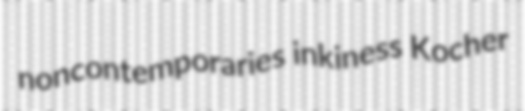
noncontemporaries inkiness Kocher